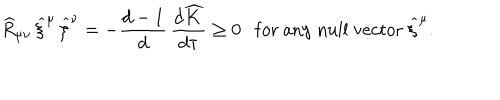
\widehat { R } _ { \mu \nu } \, \widehat { \xi } ^ { \mu } \, \widehat { \xi } ^ { \nu } = - \frac { d - 1 } { d } \, \frac { d \widehat { K } } { d \tau } \ge 0 \mathrm { f o r ~ a n y ~ n u l l ~ v e c t o r } ~ \widehat { \xi } ^ { \mu } .